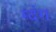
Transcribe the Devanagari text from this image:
म्दंग